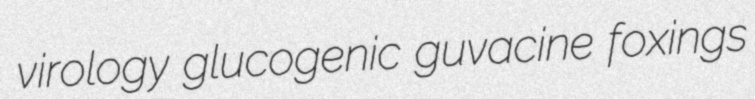
virology glucogenic guvacine foxings